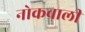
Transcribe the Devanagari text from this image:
नोकवाली